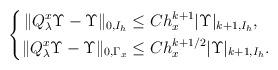
LaTeX: \begin{align*}\left\{\begin{aligned}\|Q^x_\lambda\Upsilon - \Upsilon\|_{0,I_h} &\leq C h_x^{k+1}|\Upsilon|_{k+1,I_h},\\\|Q^x_\lambda\Upsilon - \Upsilon\|_{0,\Gamma_x} &\leq Ch_x^{k+1/2}|\Upsilon|_{k+1,I_h}. \end{aligned}\right.\end{align*}